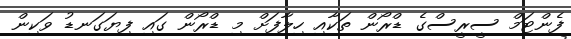
ފެންޓަމް ސީރީސްގެ ޑްރޯން ތަކާއި ހިލާފަށް މި ޑްރޯން ގައި ފިޔަގަނޑު ވަކިން